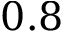
0 . 8